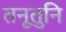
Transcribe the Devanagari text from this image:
तनूतुनि